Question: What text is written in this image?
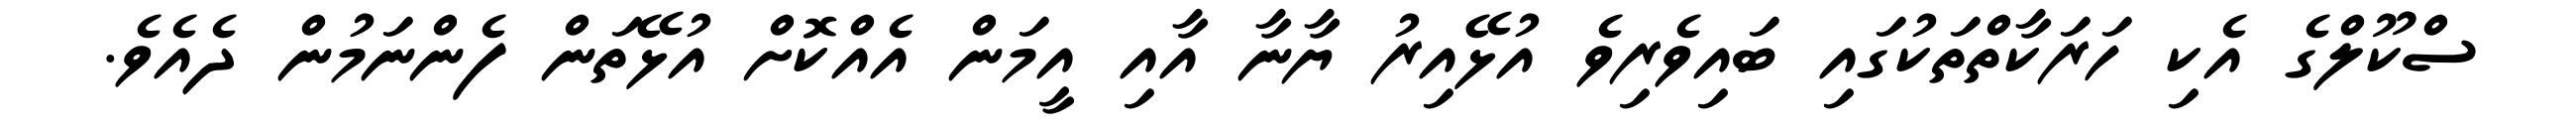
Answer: ސްކޫލްގެ އެކި ހަރަކާތްތަކުގައި ބައިވެރިވެ އުޅޭއިރު ޔާނާ އާއި އީމަން އެއްކޮށް އުޅޭތަން ފެންނަމުން ދެއެވެ.